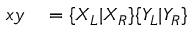
\begin{array} { r l } { x y } & { { } = \{ X _ { L } | X _ { R } \} \{ Y _ { L } | Y _ { R } \} } \end{array}